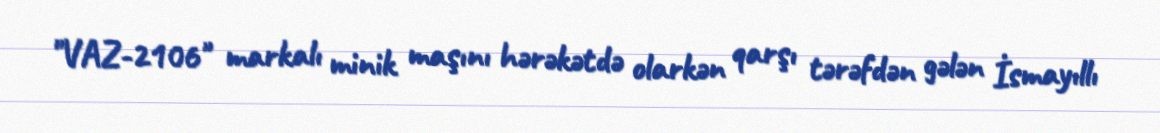
"VAZ-2106" markalı minik maşını hərəkətdə olarkən qarşı tərəfdən gələn İsmayıllı